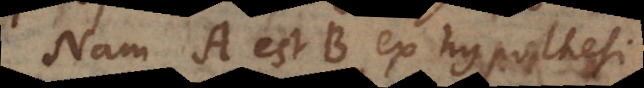
Nam A est B ex hypothesi.